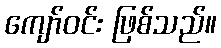
ကျော်ဝင်း ဖြစ်သည်။